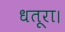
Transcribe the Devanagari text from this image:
धतूरा।